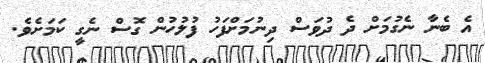
އެ ބެނާ ނެގުމަށް ދެ ދުވަސް ދިނުމަށްފަހު ފުލުހުން ގޮސް ނެގީ ކަމަށެވެ.